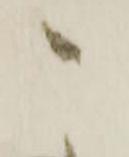
こ